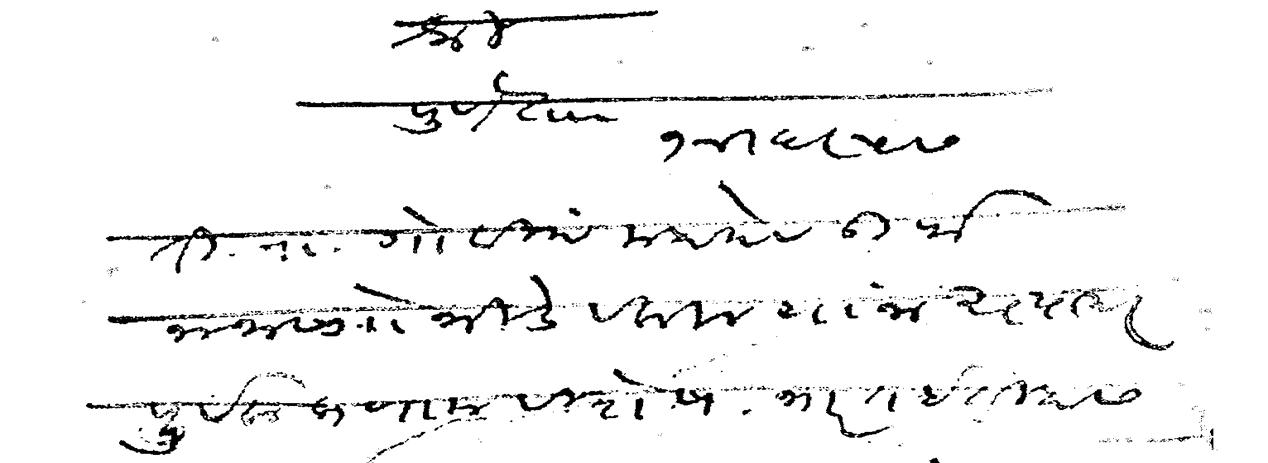
Transliteration (Devanagari): पुणे ता ती रा गोविंद महादेव ऊर्फ नानासो भिडे वकील यांना अत्यादरपूर्वक प्रणाम विशेष भारत इतिहास